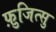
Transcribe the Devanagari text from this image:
फ़ुजित्सु